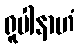
ရူပါနာဟံ